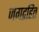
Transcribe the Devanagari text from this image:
जगद्रहित